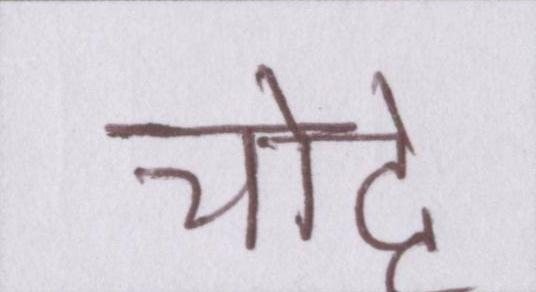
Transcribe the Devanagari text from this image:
चोट्टे